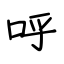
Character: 呼